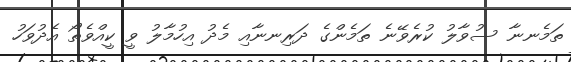
ތަމެނނާ ސުވާލު ކުރެވޭނެ ތަމެންގެ ދަރިނނާއި މެދު އިހުމާލު ވީ ކީއްވެތޯ އެދުވަހު